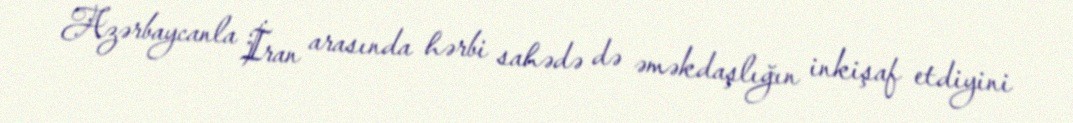
Azərbaycanla İran arasında hərbi sahədə də əməkdaşlığın inkişaf etdiyini